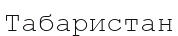
Табаристан